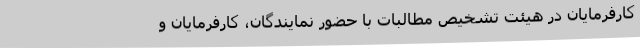
کارفرمایان در هیئت تشخیص مطالبات با حضور نمایندگان، کارفرمایان و